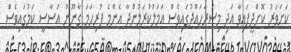
ކަށަވަރު ކޮށްދީފައިވާ އަދި މިސަރަަހައްދުގައިވެސް އަމަލުކުރަމުންދާ އެންމެ ފުރިހަމަ ގާނޫނު އަސާސީ ކަމުގައިވެސް